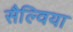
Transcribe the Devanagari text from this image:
सैल्विया